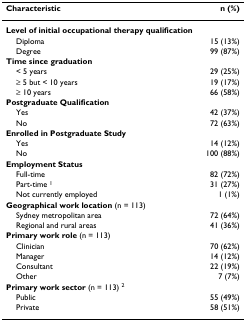
<table><thead><tr><td><b>Characteristic</b></td><td><b>n (%)</b></td></tr></thead><tbody><tr><td><b>Level of initial occupational therapy qualification</b></td><td></td></tr><tr><td> Diploma</td><td>15 (13%)</td></tr><tr><td> Degree</td><td>99 (87%)</td></tr><tr><td><b>Time since graduation</b></td><td></td></tr><tr><td> &lt; 5 years</td><td>29 (25%)</td></tr><tr><td> ≥ 5 but &lt; 10 years</td><td>19 (17%)</td></tr><tr><td> ≥ 10 years</td><td>66 (58%)</td></tr><tr><td><b>Postgraduate Qualification</b></td><td></td></tr><tr><td> Yes</td><td>42 (37%)</td></tr><tr><td> No</td><td>72 (63%)</td></tr><tr><td><b>Enrolled in Postgraduate Study</b></td><td></td></tr><tr><td> Yes</td><td>14 (12%)</td></tr><tr><td> No</td><td>100 (88%)</td></tr><tr><td><b>Employment Status</b></td><td></td></tr><tr><td> Full-time</td><td>82 (72%)</td></tr><tr><td> Part-time <sup>1</sup></td><td>31 (27%)</td></tr><tr><td> Not currently employed</td><td>1 (1%)</td></tr><tr><td><b>Geographical work location </b>(n = 113)</td><td></td></tr><tr><td> Sydney metropolitan area</td><td>72 (64%)</td></tr><tr><td> Regional and rural areas</td><td>41 (36%)</td></tr><tr><td><b>Primary work role </b>(n = 113)</td><td></td></tr><tr><td> Clinician</td><td>70 (62%)</td></tr><tr><td> Manager</td><td>14 (12%)</td></tr><tr><td> Consultant</td><td>22 (19%)</td></tr><tr><td> Other</td><td>7 (7%)</td></tr><tr><td><b>Primary work sector </b>(n = 113) <sup>2</sup></td><td></td></tr><tr><td> Public</td><td>55 (49%)</td></tr><tr><td> Private</td><td>58 (51%)</td></tr></tbody></table>